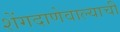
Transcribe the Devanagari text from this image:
शेंगदाणेवाल्याची